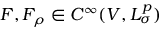
F , F _ { \rho } \in C ^ { \infty } ( V , L _ { \sigma } ^ { p } )